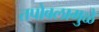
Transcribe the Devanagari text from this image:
तपोबलामुळे